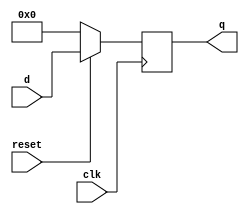
module parameterized_register #(
    parameter N = 8,                  // Bit-width of the register
    parameter RESET_ACTIVE = 1'b0     // Reset active-high (1'b1) or active-low (1'b0)
)(
    input wire clk,                   // Clock signal
    input wire reset,                 // Reset signal
    input wire [N-1:0] d,            // Input data signal
    output reg [N-1:0] q              // Output data signal
);

    always @(posedge clk) begin
        if (RESET_ACTIVE ? reset : ~reset) begin
            q <= {N{1'b0}};           // Reset output to zero (or predefined value)
        end else begin
            q <= d;                   // Assign input data to output
        end
    end

endmodule